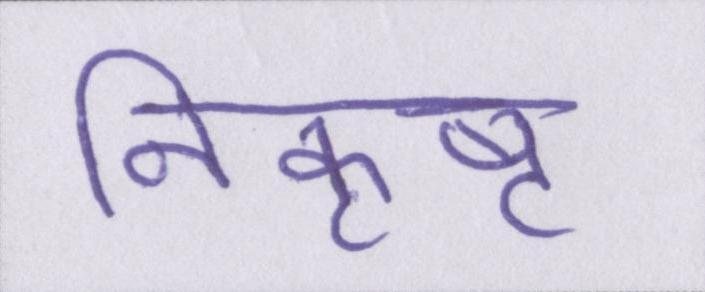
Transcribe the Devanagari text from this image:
निकृष्ट